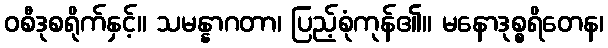
ဝစီဒုစရိုက်နှင့်။ သမန္နာဂတာ၊ ပြည့်စုံကုန်၏။ မနောဒုစ္စရိတေန၊